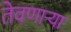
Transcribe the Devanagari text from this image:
तेवणाऱ्या